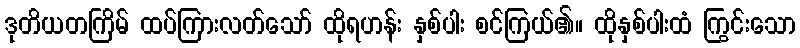
ဒုတိယတကြိမ် ထပ်ကြားလတ်သော် ထိုရဟန်း နှစ်ပါး စင်ကြယ်၏။ ထိုနှစ်ပါးထံ ကြွင်းသော